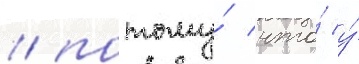
/ потому́ что́ у́